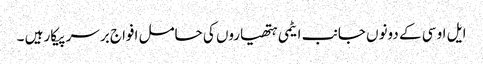
ایل او سی کے دونوں جانب ایٹمی ہتھیاروں کی حامل افواج برسر پیکار ہیں ۔